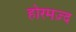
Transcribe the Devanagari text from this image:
होरमज़्द